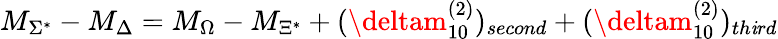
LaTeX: M_{\Sigma^{*}}-M_{\Delta}=M_{\Omega}-M_{\Xi^{*}}+(\deltam_{10}^{(2)})_{second}+(\deltam_{10}^{(2)})_{th\mathit{i}rd}